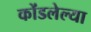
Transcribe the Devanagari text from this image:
कोंडलेल्या